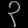
Digit: ၃